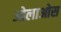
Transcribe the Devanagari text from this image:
ओलाओस